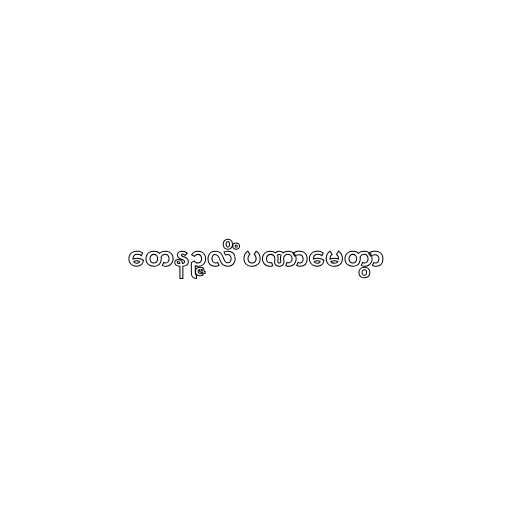
တေနဉ္ဇလိံ ပဏာမေတွာ